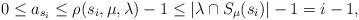
LaTeX: \begin{align*}0 \le a_{s_i} \le \rho(s_i,\mu,\lambda) - 1 \le |\lambda \cap S_\mu(s_i)| - 1 = i - 1,\end{align*}